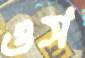
ওস